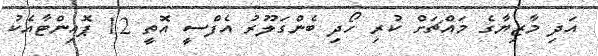
އަދި މާޒިޔާގެ މައްޗަށް ކުރި ހޯދި ބެންގަލޫރު އެފްސީ އޮތީ 12 ޕޮއިންޓާއެކު